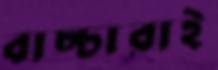
বাচ্চারাই